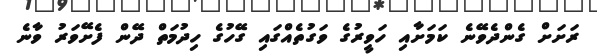
ރަށަށް ގެންދެވޭނެ ކަމަށާއި ހަވީރުގެ ވަގުތެއްގައި ގޭހުގެ ހިދުމަތް ދޭން ފެށޭވަރު ވާނެ